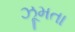
ઝૂમતા